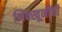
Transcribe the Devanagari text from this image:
भिक्खूनींची